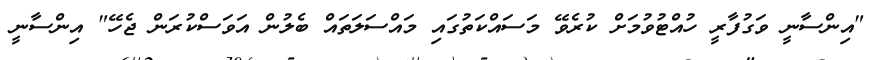
"އިންސާނީ ވަގުފާރީ ހުއްޓުވުމަށް ކުރެވޭ މަސައްކަތުގައި މައްސަލަތައް ބެލުން އަވަސްކުރަން ޖެހޭ" އިންސާނީ